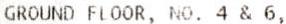
GROUND FLOOR, NO. 4 & 6,